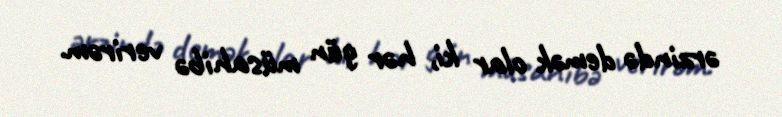
ərzində demək olar ki, hər gün müsahibə verirəm.